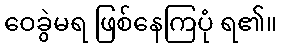
ဝေခွဲမရ ဖြစ်နေကြပုံ ရ၏။